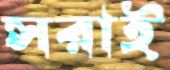
সরাই